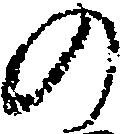
の